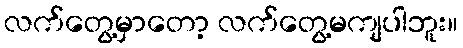
လက်တွေ့မှာတော့ လက်တွေ့မကျပါဘူး။